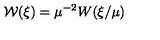
{ \mathcal W } ( \mathrm { \boldmath \xi } ) = \mu ^ { - 2 } W ( \mathrm { \boldmath \xi } / \mu )